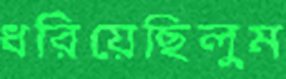
ধরিয়েছিলুম